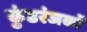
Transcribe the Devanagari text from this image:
कुंडरंजकों